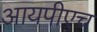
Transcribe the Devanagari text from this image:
आयपीएच